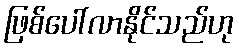
ဖြစ်ပေါ်လာနိုင်သည်ဟု